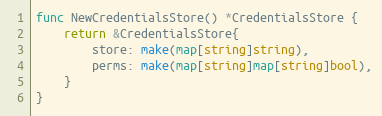
Language: Go
func NewCredentialsStore() *CredentialsStore {
	return &CredentialsStore{
		store: make(map[string]string),
		perms: make(map[string]map[string]bool),
	}
}